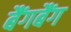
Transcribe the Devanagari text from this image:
बैंगबैंग